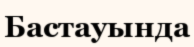
Бастауында